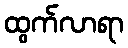
ထွက်လာရာ